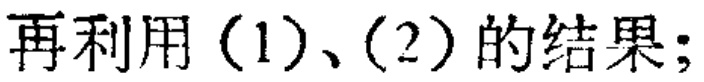
再利用（1）、（2）的结果；